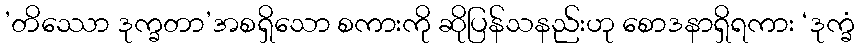
’တိဿော ဒုက္ခတာ’အစရှိသော စကားကို ဆိုပြန်သနည်းဟု စောဒနာရှိရကား ‘ဒုက္ခံ